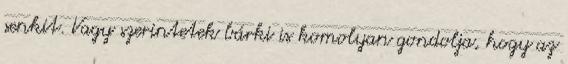
senkit. Vagy szerintetek bárki is komolyan gondolja, hogy az